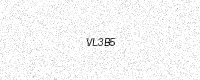
Text: VL3B5